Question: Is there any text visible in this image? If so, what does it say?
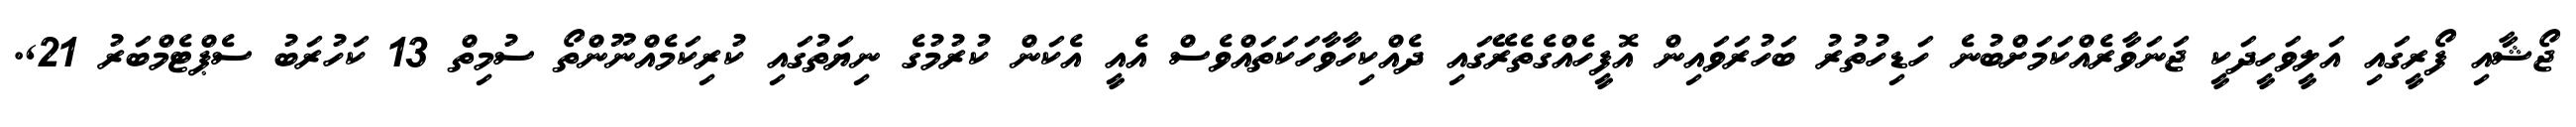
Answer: ޖޯޝާއި ފޯރީގައި އަލީވަހީދަކީ ޖަނަވާރެއްކަމަށްބުނެ ހަޑިހުތުރު ބަހުރަވައިން އޮފީހެއްގެތެރޭގައި ދެއްކިހާވާހަކަތައްވެސް އެއީ އެކަން ކުރުމުގެ ނިޔަތުގައި ކުރިކަމެއްނޫންތޯ ސުމިތް 13 ކަހުރަބު ސެޕްޓެމްބަރު 21,.